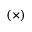
( \times )